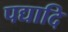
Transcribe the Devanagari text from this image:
पद्यादि